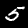
Label: 5